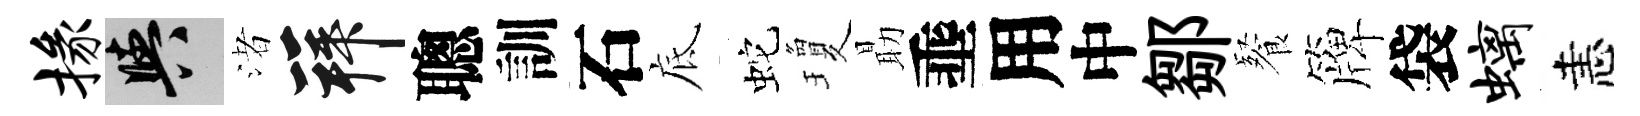
掾阳渚拜聰訓石底蛇瓊朂埀用中鄒餐簰袋螭恚